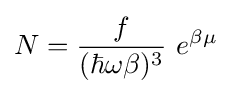
N={\frac {f}{(\hbar \omega \beta )^{3}}}~e^{\beta \mu }